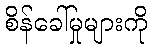
စိန်ခေါ်မှုများကို